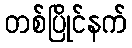
တစ်ပြိုင်နက်